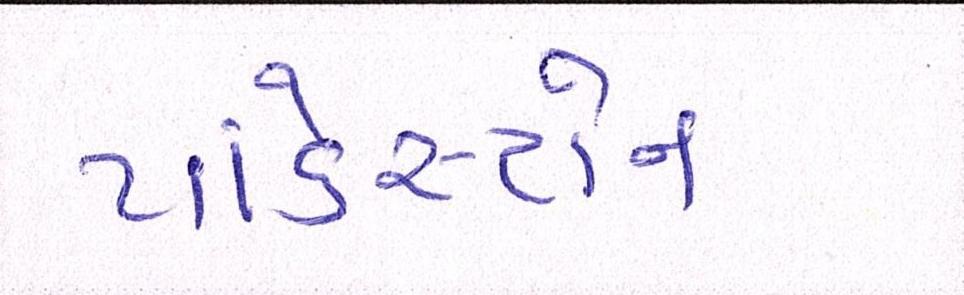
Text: પાંડેસ્ટોન